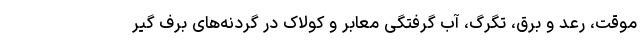
موقت، رعد و برق، تگرگ، آب گرفتگی معابر و کولاک در گردنه‌های برف گیر